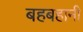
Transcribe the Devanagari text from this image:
बहबहानी